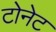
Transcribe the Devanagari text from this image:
टोनेट